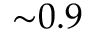
\mathord { \sim } 0 . 9